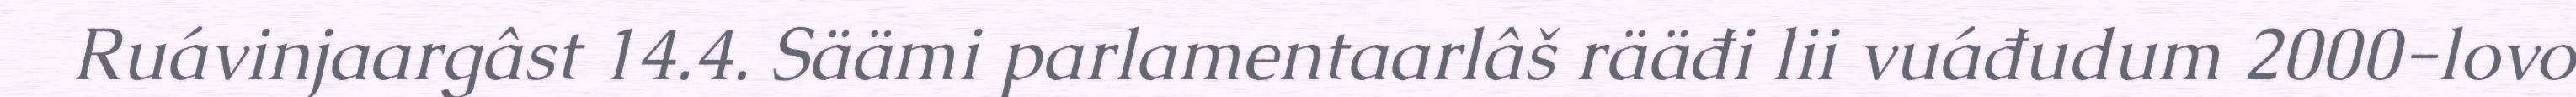
Ruávinjaargâst 14.4. Säämi parlamentaarlâš rääđi lii vuáđudum 2000-lovo